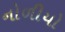
નોળીયો